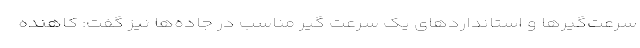
سرعت‌گیرها و استانداردهای یک سرعت گیر مناسب در جاده‌ها نیز گفت: کاهنده